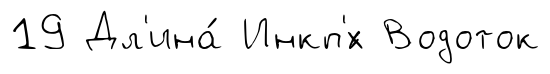
19 Дл'ина́ Инкп'́х Водоток